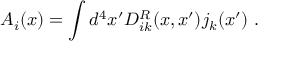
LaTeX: A _ { i } ( x ) = \int d ^ { 4 } x ^ { \prime } D _ { i k } ^ { R } ( x , x ^ { \prime } ) j _ { k } ( x ^ { \prime } ) ~ .